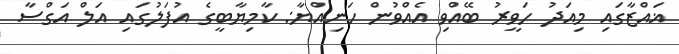
ޣައްޒާގައި މިއަދު ހަވީރު ބޭއްވި އެއްވުން ހަނިއްޔާ: ކާމިޔާބީގެ އުފަލުގައި އަލް އަގްސާ